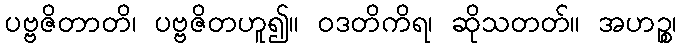
ပဗ္ဗဇိတာတိ၊ ပဗ္ဗဇိတဟူ၍။ ဝဒတိကိရ၊ ဆိုသတတ်။ အဟဉ္စ၊